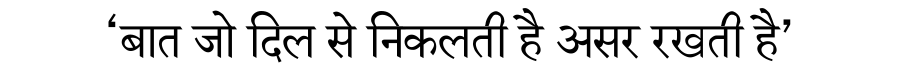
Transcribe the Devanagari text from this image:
‘बात जो दिल से निकलती है असर रखती है’